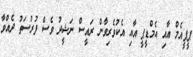
ޕީޕީއެމް އާއި އެމްޑީޕީ އާއި އެކުވެރިވާން ރައީސް ނަޝީދު ވެސް ފުރުސަތު ދެއްވާ